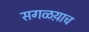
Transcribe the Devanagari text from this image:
सगळय़ाच